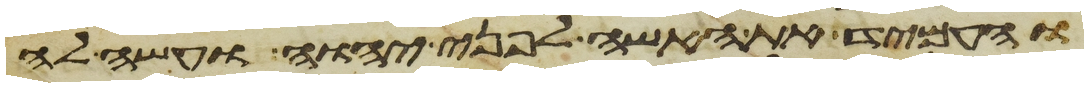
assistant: והעמיד את האשה לפני יהוה ועשה לה